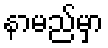
နာမည်မှာ